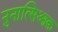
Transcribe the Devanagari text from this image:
नुनात्सिआक़